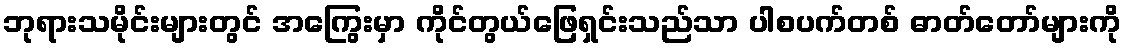
ဘုရားသမိုင်းများတွင် အကြွေးမှာ ကိုင်တွယ်ဖြေရှင်းသည်သာ ပါစပက်တစ် ဓာတ်တော်များကို